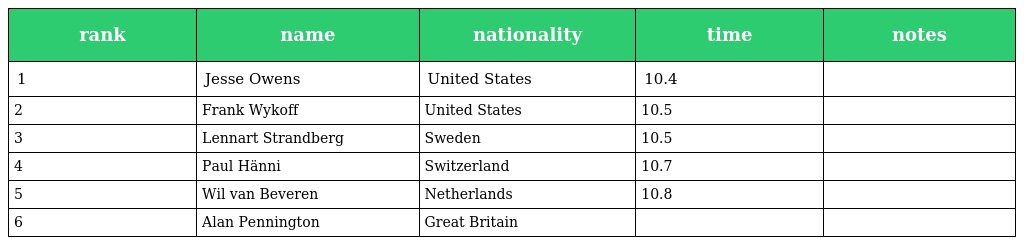
| rank | name | nationality | time | notes |
 | --- | --- | --- | --- | --- |
 | 1 | Jesse Owens | United States | 10.4 |  |
 | 2 | Frank Wykoff | United States | 10.5 |  |
 | 3 | Lennart Strandberg | Sweden | 10.5 |  |
 | 4 | Paul Hänni | Switzerland | 10.7 |  |
 | 5 | Wil van Beveren | Netherlands | 10.8 |  |
 | 6 | Alan Pennington | Great Britain |  |  |